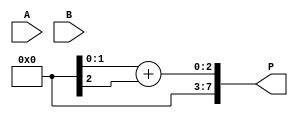
module low_power_wallace_tree_multiplier #(parameter N = 4) (
    input [N-1:0] A,
    input [N-1:0] B,
    output [2*N-1:0] P
);

// Partial Product Generation
wire [N-1:0] pp [0:N-1]; // Partial products
genvar i, j;
generate
    for (i = 0; i < N; i = i + 1) begin : partial_product_gen
        for (j = 0; j < N; j = j + 1) begin : pp_and
            assign pp[i][j] = A[i] & B[j];
        end
    end
endgenerate

// Wallace Tree Reduction
wire [N-1:0] sum [0:N-1]; // Sums
wire [N-1:0] carry [0:N-1]; // Carries

// Stage 1: Combine partial products using half and full adders
generate
    for (i = 0; i < N; i = i + 1) begin : stage1
        if (i < N-1) begin
            assign {carry[i][i], sum[i][i]} = pp[i][i] + pp[i+1][i]; // Half adder
            assign {carry[i][i+1], sum[i][i+1]} = pp[i][i+1] + pp[i+1][i+1]; // Half adder
        end
    end
endgenerate

// Stage 2: Further reduction using 3-to-2 compressors
wire [N-1:0] final_sum;
wire [N-1:0] final_carry;

generate
    for (i = 0; i < N; i = i + 1) begin : stage2
        if (i < N-2) begin
            assign {final_carry[i], final_sum[i]} = sum[i][i] + sum[i+1][i] + carry[i][i]; // Full adder
        end
    end
endgenerate

// Final Addition using a Carry-Propagate Adder
wire [2*N-1:0] final_result;

assign final_result = {final_carry[N-2], final_sum[N-2]} + {1'b0, final_sum[N-1]};

// Output assignment
assign P = final_result;

endmodule